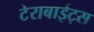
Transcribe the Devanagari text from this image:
टेराबाईट्स